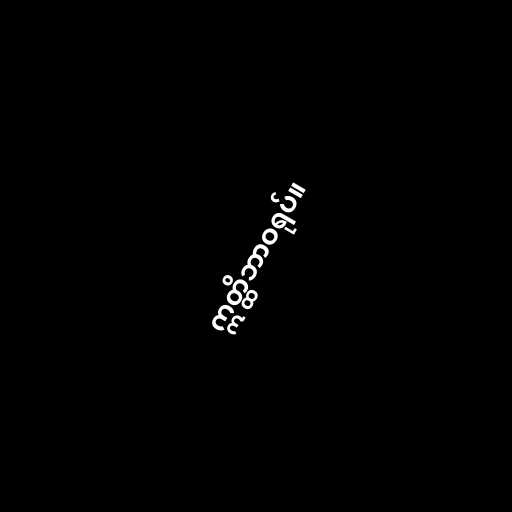
ဣတ္ထိဘာဝရုပ်။